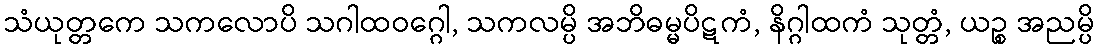
သံယုတ္တကေ သကလောပိ သဂါထဝဂ္ဂေါ, သကလမ္ပိ အဘိဓမ္မပိဋကံ, နိဂ္ဂါထကံ သုတ္တံ, ယဉ္စ အညမ္ပိ